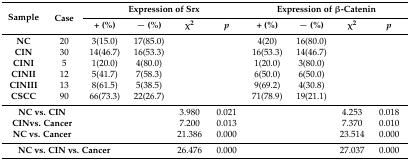
<table><thead><tr><td rowspan="2"><b>Sample</b></td><td rowspan="2"><b>Case</b></td><td colspan="4"><b>Expression of Srx</b></td><td colspan="4"><b>Expression of β-Catenin</b></td></tr><tr><td><b>+ (%)</b></td><td><b>− (%)</b></td><td><b>χ<sup>2</sup></b></td><td><b><i>p</i></b></td><td><b>+ (%)</b></td><td><b>− (%)</b></td><td><b>χ<sup>2</sup></b></td><td><b><i>p</i></b></td></tr></thead><tbody><tr><td><b>NC</b></td><td>20</td><td>3(15.0)</td><td>17(85.0)</td><td>[EMPTY_CELL]</td><td>[EMPTY_CELL]</td><td>4(20)</td><td>16(80.0)</td><td>[EMPTY_CELL]</td><td>[EMPTY_CELL]</td></tr><tr><td><b>CIN</b></td><td>30</td><td>14(46.7)</td><td>16(53.3)</td><td>[EMPTY_CELL]</td><td>[EMPTY_CELL]</td><td>16(53.3)</td><td>14(46.7)</td><td>[EMPTY_CELL]</td><td>[EMPTY_CELL]</td></tr><tr><td><b>CINI</b></td><td>5</td><td>1(20.0)</td><td>4(80.0)</td><td>[EMPTY_CELL]</td><td>[EMPTY_CELL]</td><td>1(20.0)</td><td>3(80.0)</td><td>[EMPTY_CELL]</td><td>[EMPTY_CELL]</td></tr><tr><td><b>CINII</b></td><td>12</td><td>5(41.7)</td><td>7(58.3)</td><td>[EMPTY_CELL]</td><td>[EMPTY_CELL]</td><td>6(50.0)</td><td>6(50.0)</td><td>[EMPTY_CELL]</td><td>[EMPTY_CELL]</td></tr><tr><td><b>CINIII</b></td><td>13</td><td>8(61.5)</td><td>5(38.5)</td><td>[EMPTY_CELL]</td><td>[EMPTY_CELL]</td><td>9(69.2)</td><td>4(30.8)</td><td>[EMPTY_CELL]</td><td>[EMPTY_CELL]</td></tr><tr><td><b>CSCC</b></td><td>90</td><td>66(73.3)</td><td>22(26.7)</td><td>[EMPTY_CELL]</td><td>[EMPTY_CELL]</td><td>71(78.9)</td><td>19(21.1)</td><td>[EMPTY_CELL]</td><td>[EMPTY_CELL]</td></tr><tr><td colspan="2"><b>NC vs. CIN</b></td><td>[EMPTY_CELL]</td><td>[EMPTY_CELL]</td><td>3.980</td><td>0.021</td><td colspan="2">[EMPTY_CELL]</td><td>4.253</td><td>0.018</td></tr><tr><td colspan="2"><b>CINvs. Cancer</b></td><td>[EMPTY_CELL]</td><td>[EMPTY_CELL]</td><td>7.200</td><td>0.013</td><td colspan="2">[EMPTY_CELL]</td><td>7.370</td><td>0.010</td></tr><tr><td colspan="2"><b>NC vs. Cancer</b></td><td>[EMPTY_CELL]</td><td>[EMPTY_CELL]</td><td>21.386</td><td>0.000</td><td colspan="2">[EMPTY_CELL]</td><td>23.514</td><td>0.000</td></tr><tr><td colspan="3"><b>NC vs. CIN vs. Cancer</b></td><td>[EMPTY_CELL]</td><td>26.476</td><td>0.000</td><td colspan="2">[EMPTY_CELL]</td><td>27.037</td><td>0.000</td></tr></tbody></table>